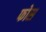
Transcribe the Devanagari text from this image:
फोस